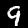
Label: 9